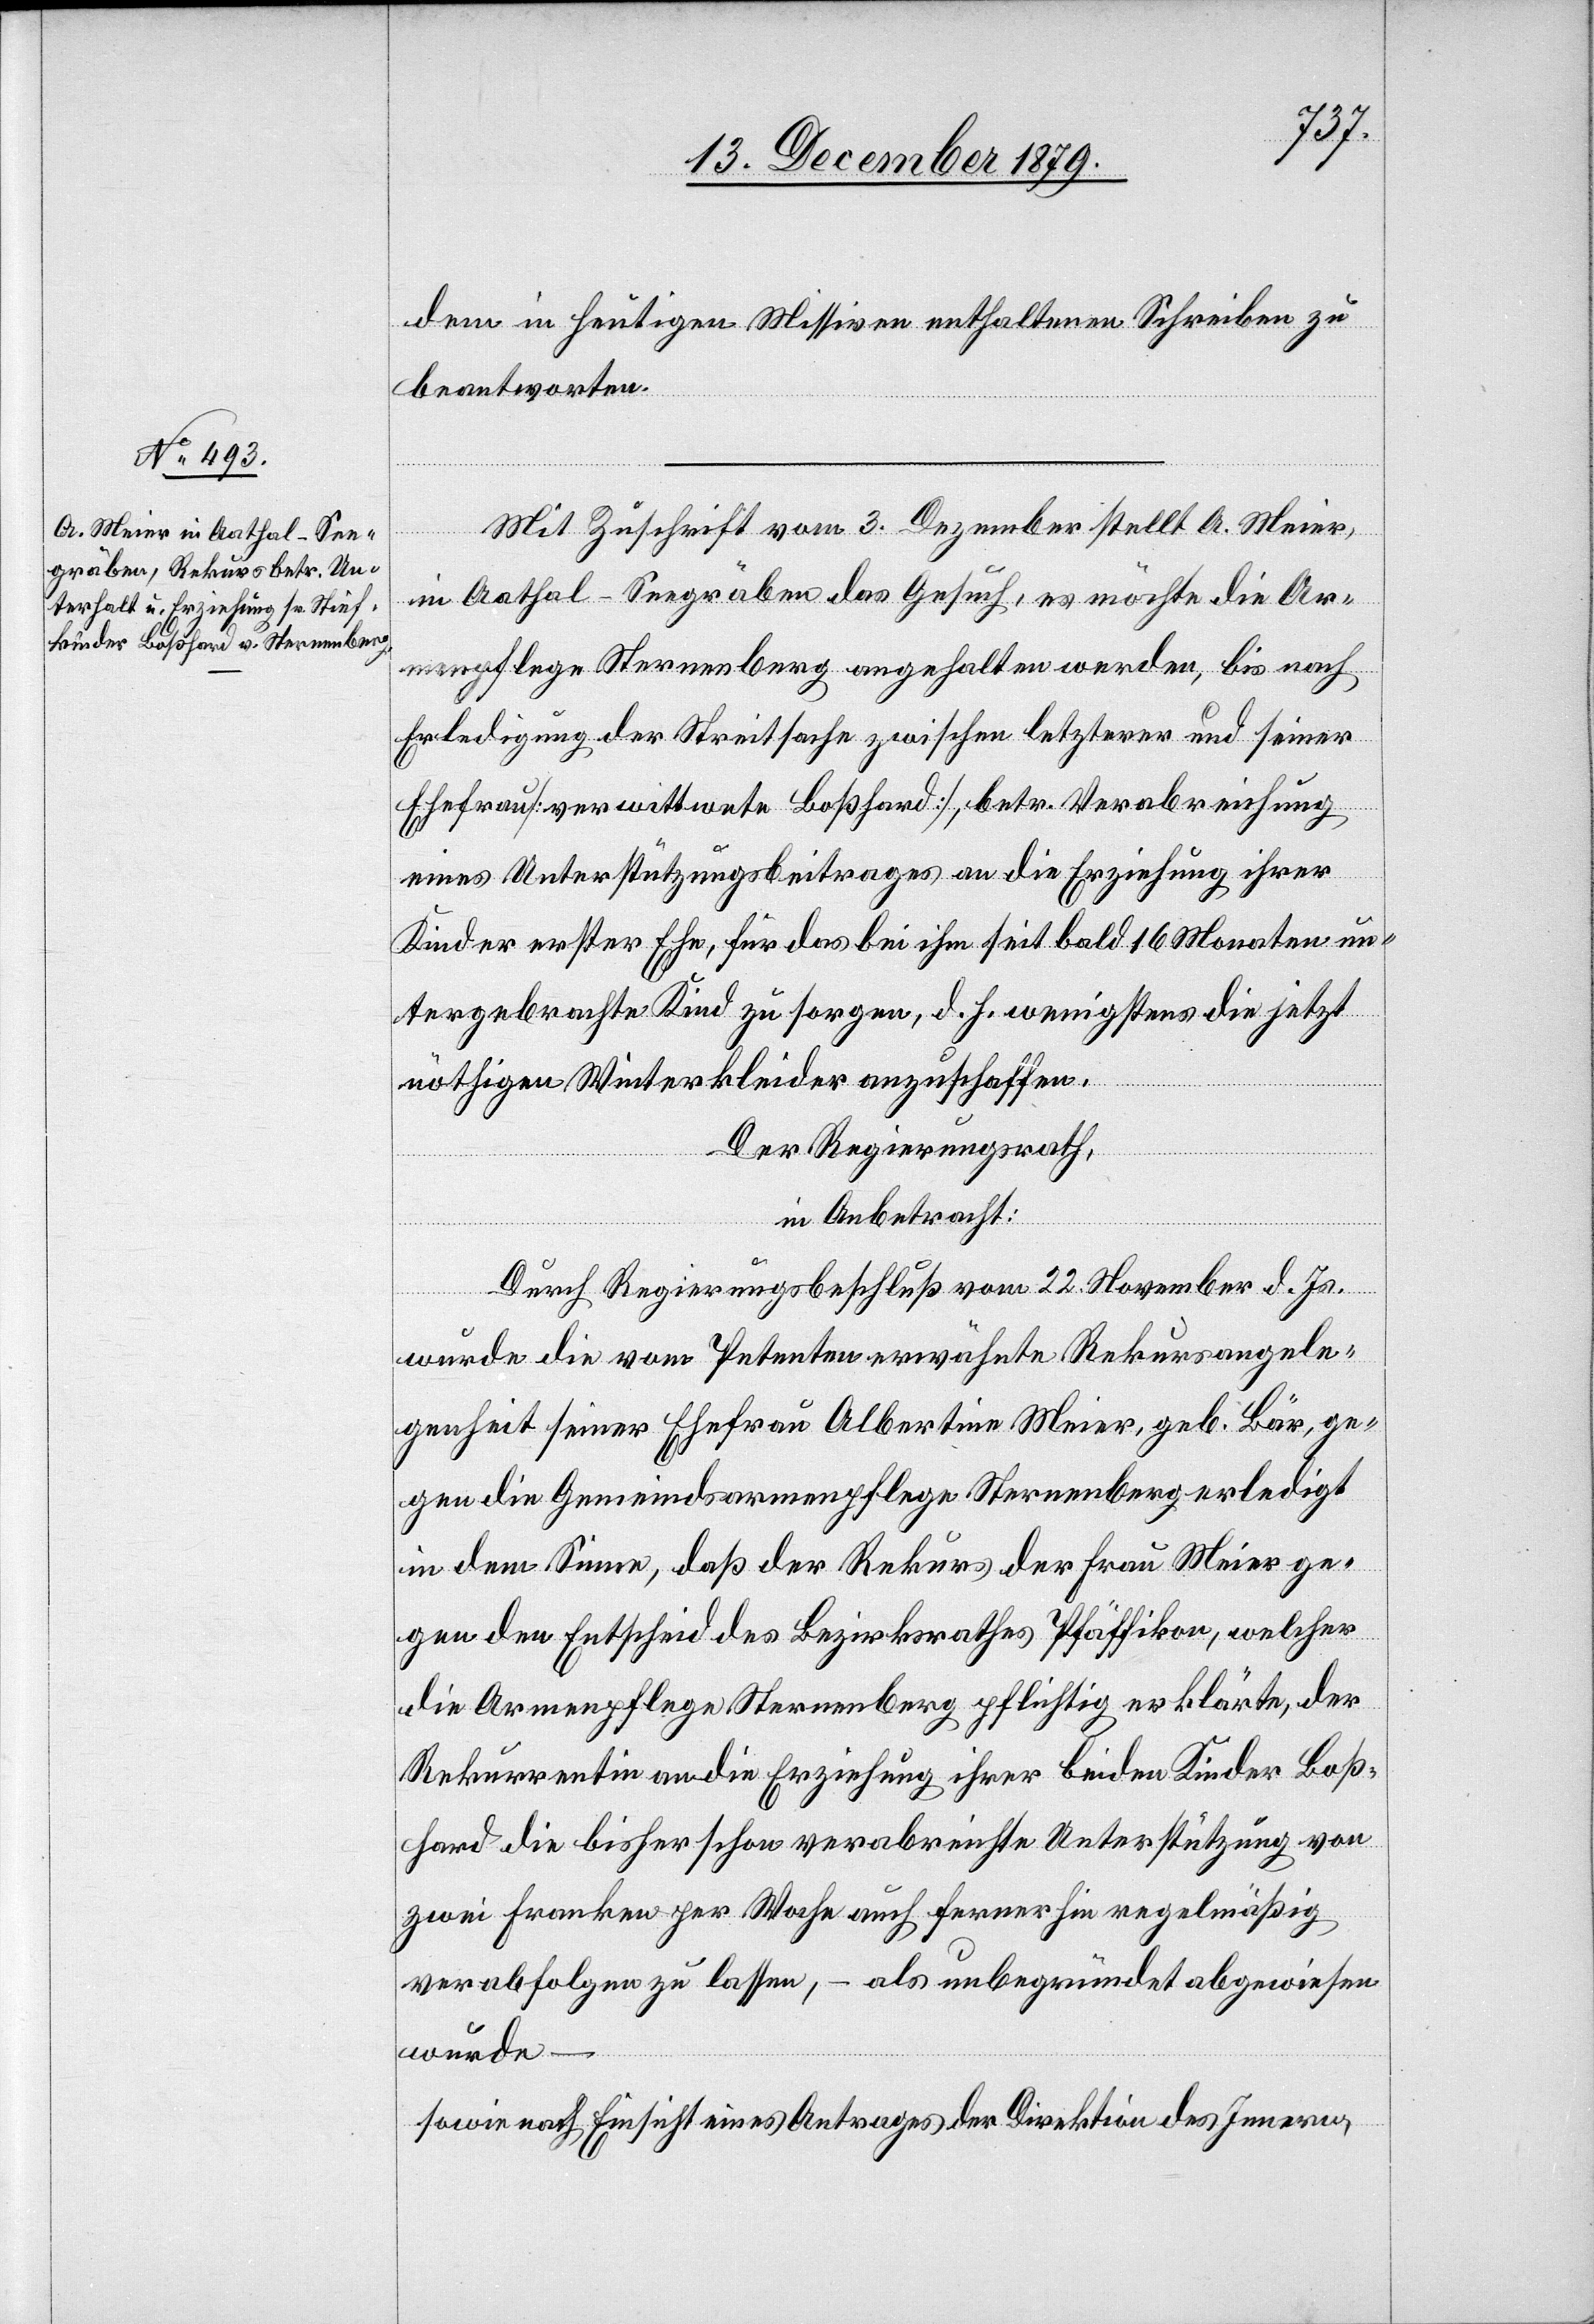
dem in heutigen Missiven enthaltenen Schreiben zu
beantworten.
Mit Zuschrift vom 3. Dezember stellt A. Meier
in Aathal - Seegräben das Gesuch, es möchte die Ar¬
menpflege Sternenberg angehalten werden, bis nach
Erledigung der Streitsache zwischen letzterer und seiner
Ehefrau [verwittwete Boßhard], betr. Verabreichung
eines Unterstützungsbeitrages an die Erziehung ihrer
Kinder erster Ehe, für das bei ihm seit bald 16 Monaten un¬
tergebrachte Kind zu sorgen, d. h. wenigstens die jetzt
nöthigen Winterkleider anzuschaffen
Der Regierungsrath,
in Anbetracht:
Durch Regierungsbeschluß vom 22. November d. Js.
wurde die vom Petenten erwähnte Rekursangele¬
genheit seiner Ehefrau Albertina Meier, geb. Bär, ge¬
gen die Gemeindsarmenpflege Sternenberg erledigt
in dem Sinne, daß der Rekurs der Frau Meier ge¬
gen den Entscheid des Bezirksrathes Pfäffikon, welcher
die Armenpflege Sternenberg pflichtig erklärte, der
Rekurrentin an die Erziehung ihrer beiden Kinder Boß¬
hard die bisher schon verabreichte Unterstützung von
zwei Franken per Woche auch fernerhin regelmäßig
verabfolgen zu lassen, – als unbegründet abgewiesen
wurde –
sowie nach Einsicht eines Antrages der Direktion des Innern,